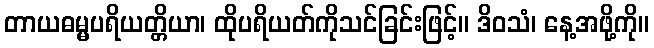
တာယဓမ္မပရိယတ္တိယာ၊ ထိုပရိယတ်ကိုသင်ခြင်းဖြင့်။ ဒိဝသံ၊ နေ့အဖို့ကို။